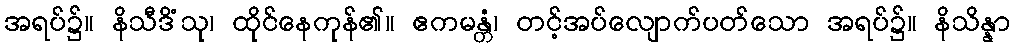
အရပ်၌။ နိသီဒိံသု၊ ထိုင်နေကုန်၏။ ဧကမန္တံ၊ တင့်အပ်လျောက်ပတ်သော အရပ်၌။ နိသိန္နာ